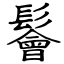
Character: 鬠